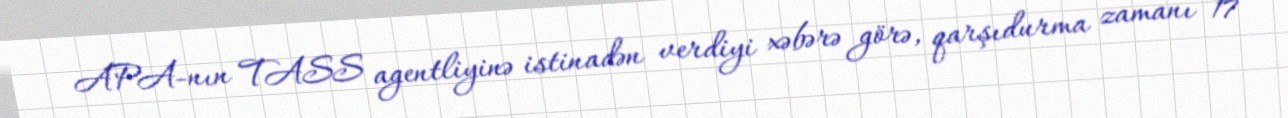
APA-nın TASS agentliyinə istinadən verdiyi xəbərə görə, qarşıdurma zamanı 17